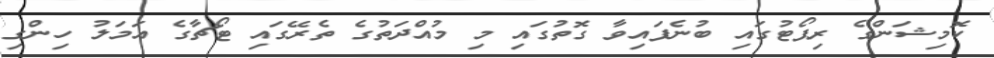
ކޮމިޝަންގެ ރިޕޯޓުގައި ބުނެފައިވާ ގޮތުގައި މި މުއްދަތުގެ ތެރޭގައި ޓޯޗާގެ އަމަލު ހިންގި